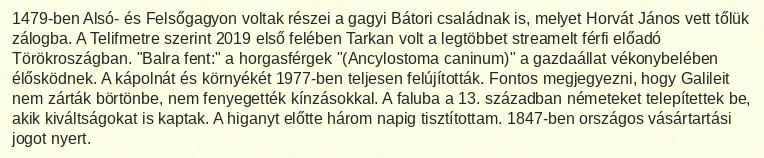
1479-ben Alsó- és Felsőgagyon voltak részei a gagyi Bátori családnak is, melyet Horvát János vett tőlük zálogba. A Telifmetre szerint 2019 első felében Tarkan volt a legtöbbet streamelt férfi előadó Törökroszágban. "Balra fent:" a horgasférgek "(Ancylostoma caninum)" a gazdaállat vékonybelében élősködnek. A kápolnát és környékét 1977-ben teljesen felújították. Fontos megjegyezni, hogy Galileit nem zárták börtönbe, nem fenyegették kínzásokkal. A faluba a 13. században németeket telepítettek be, akik kiváltságokat is kaptak. A higanyt előtte három napig tisztítottam. 1847-ben országos vásártartási jogot nyert.